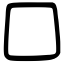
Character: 囗